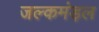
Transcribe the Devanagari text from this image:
जल्कमंड़ल